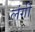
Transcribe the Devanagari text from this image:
लंगी